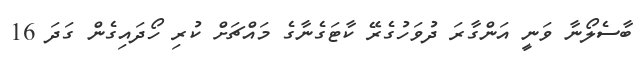
ބާސެލޯނާ ވަނީ އަންގާރަ ދުވަހުގެރޭ ކާޓަގެނާގެ މައްޗަށް ކުރި ހޯދައިގެން ގަދަ 16